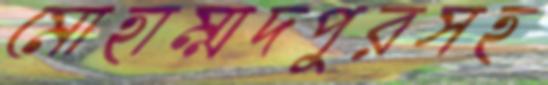
মোহাম্মদপুরসহ